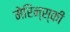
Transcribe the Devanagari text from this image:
मेरिन्स्की